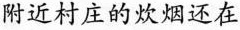
附近村庄的炊烟还在